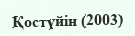
Қостүйін (2003)